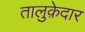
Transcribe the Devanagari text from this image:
तालुक़ेदार